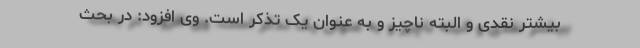
بیشتر نقدی و البته ناچیز و به عنوان یک تذکر است. وی افزود: در بحث